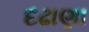
દઢાણા